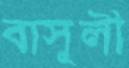
বাসুলী